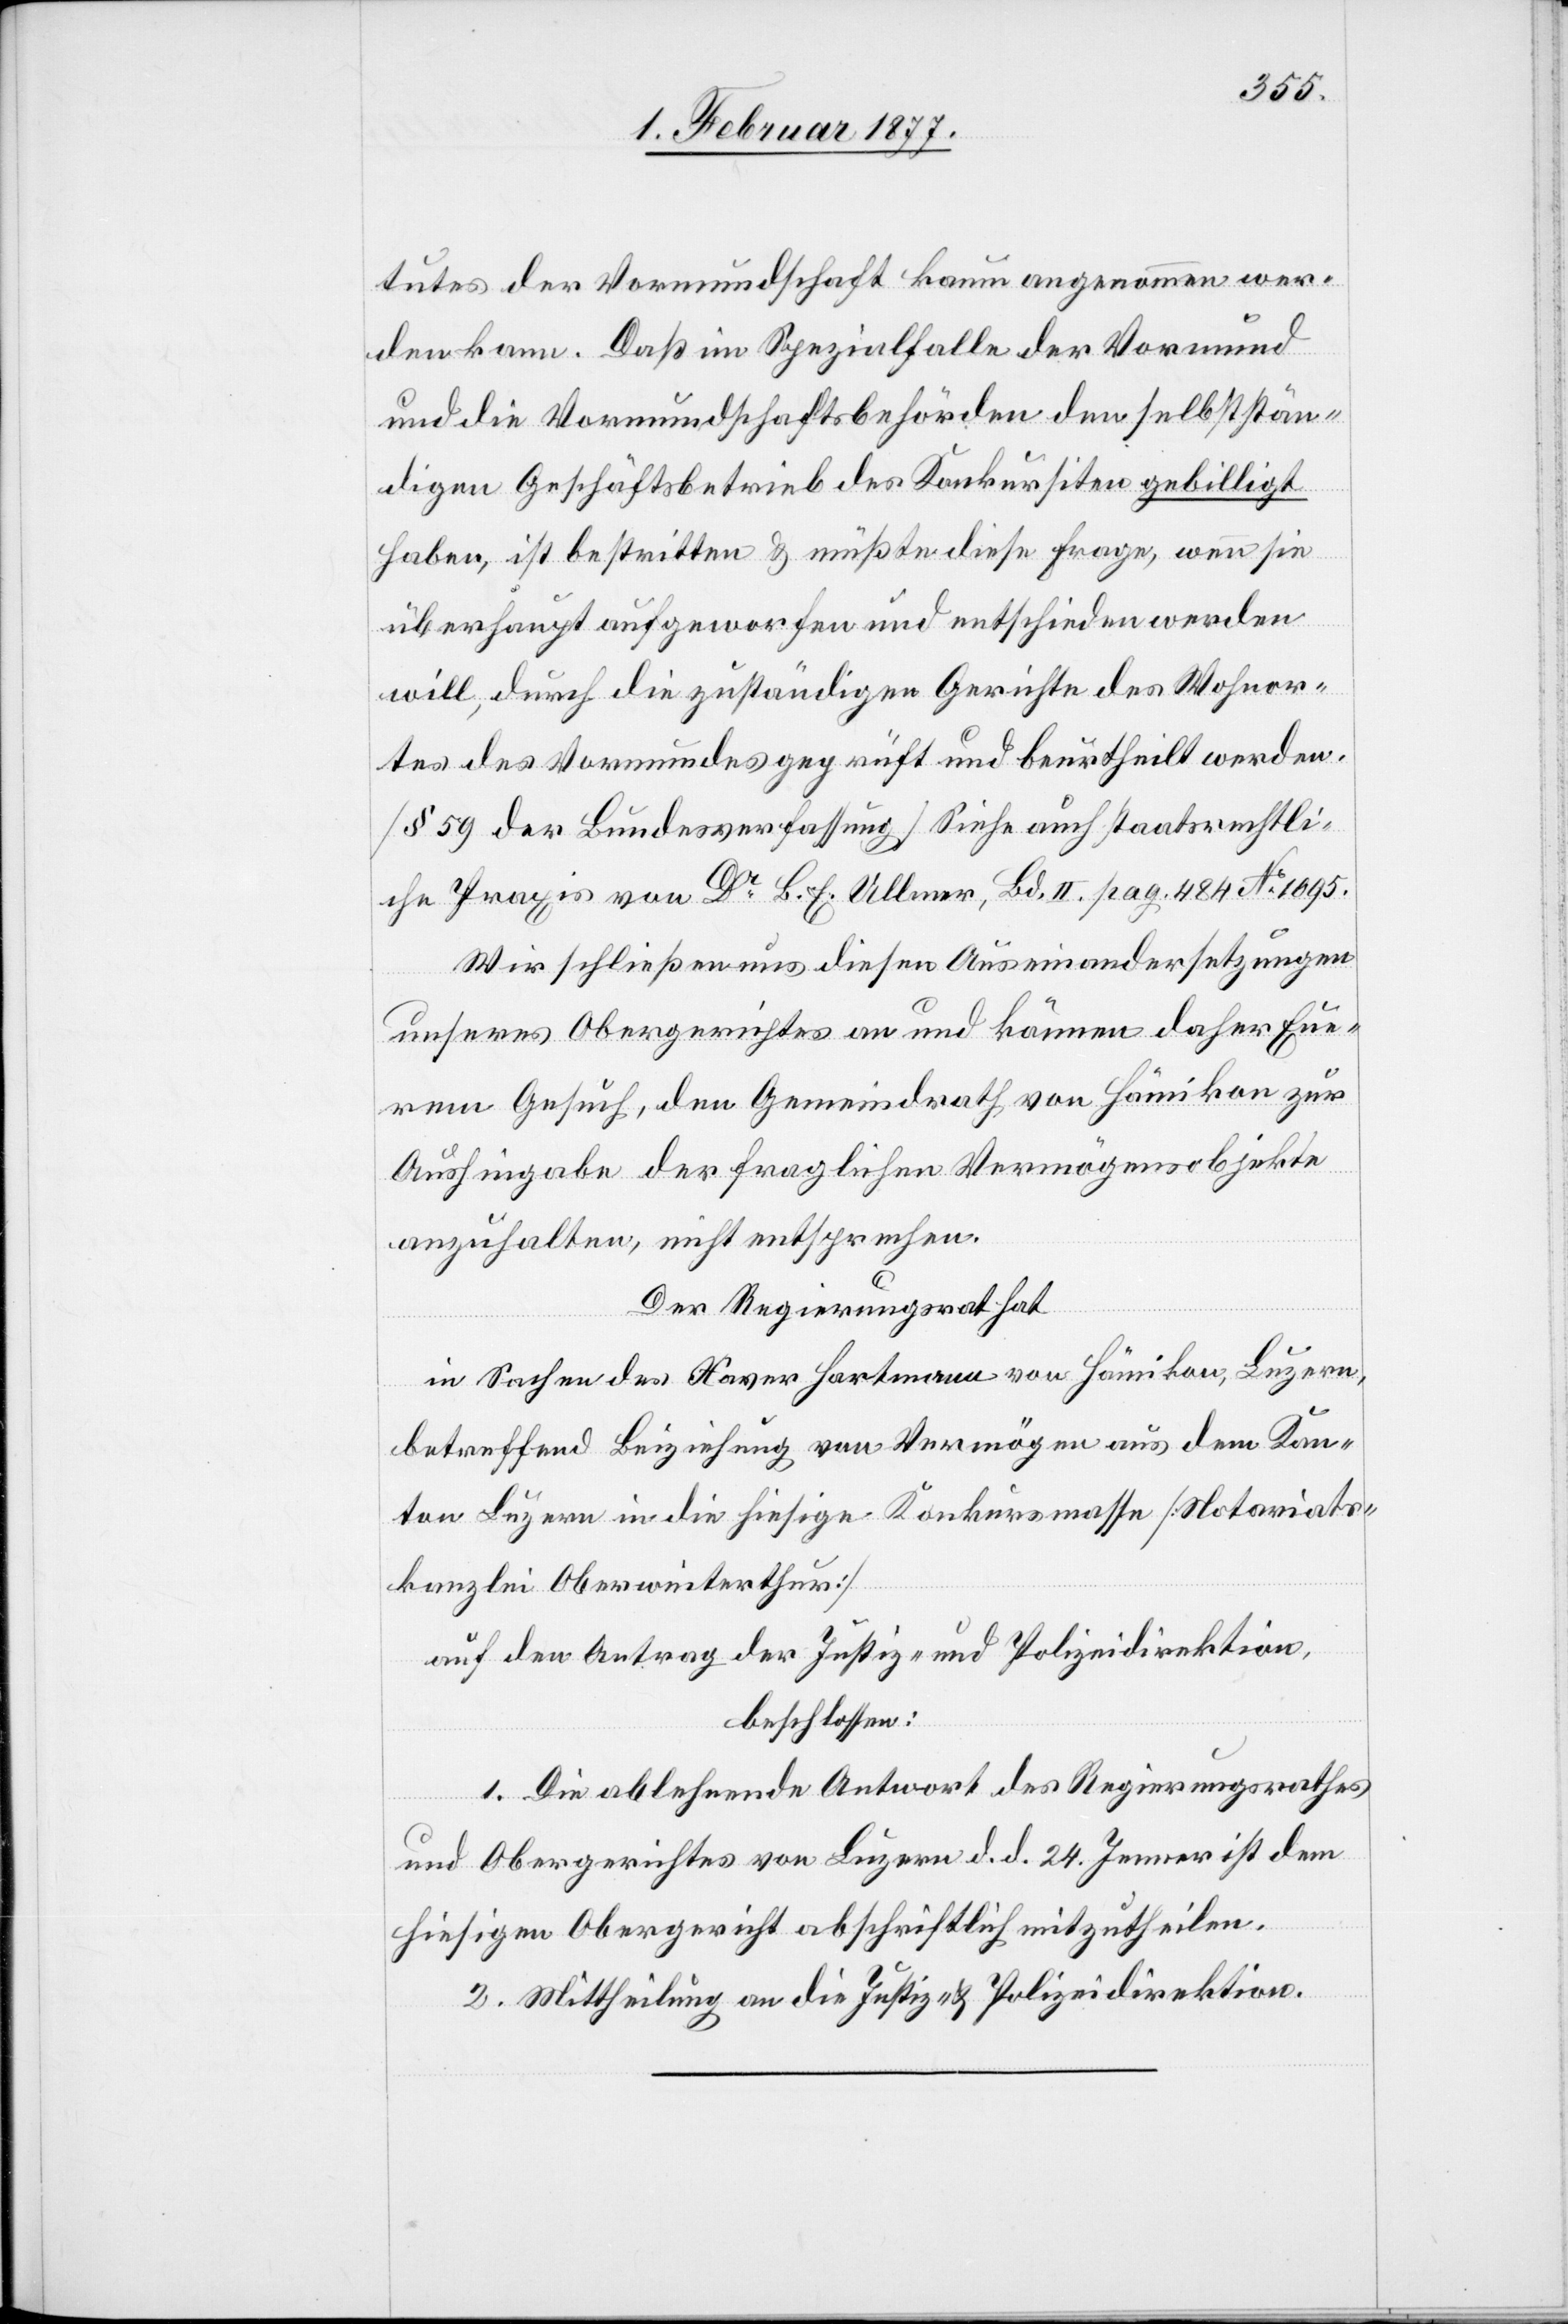
tutes der Vormundschaft kaum angenommen wer¬
den kann. Daß im Spezialfalle der Vormund
und die Vormundschaftsbehörden selbststän¬
digen Geschäftsbetrieb des Konkursiten gebilligt
haben, ist bestritten & müßte diese Frage, wenn sie
überhaupt aufgeworfen und entschieden werden
will, durch die zuständigen Gerichte des Wohnor¬
tes des Vormundes geprüft und beurtheilt werden.
[§ 59 der Bundesverfassung] Siehe auch staatsrechtli¬
che Praxis von Dr B. E. Ullmer, Bd. II. pag. 484 No 1095.
Wir schließen uns diesen Auseinandersetzungen
unseres Obergerichtes an und können daher Eu¬
rem Gesuch, den Gemeindrath von Hämikon zur
Aushingabe der fraglichen Vermögensobjekte
anzuhalten, nicht entsprechen.
Der Regierungsrath hat,
in Sachen des Xaver Hartmann von Hämikon, Luzern,
betreffend Beiziehung von Vermögen aus dem Kan¬
ton Luzern in die hiesige Konkursmasse [Notariats¬
kanzlei Oberwinterthur]
auf den Antrag der Justiz- und Polizeidirektion,
beschlossen:
1. Die ablehnende Antwort des Regierungsrathes
und Obergerichtes von Luzern d. d. 24. Jenner ist dem
hiesigen Obergericht abschriftlich mitzutheilen.
2. Mittheilung an die Justiz- & Polizeidirektion.